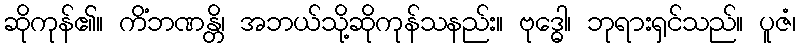
ဆိုကုန်၏။ ကိံဘဏန္တိ၊ အဘယ်သို့ဆိုကုန်သနည်း။ ဗုဒ္ဓေါ၊ ဘုရားရှင်သည်။ ပူဇံ၊